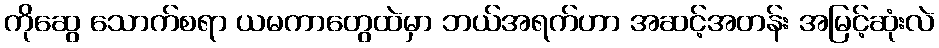
ကိုဆွေ သောက်စရာ ယမကာတွေထဲမှာ ဘယ်အရက်ဟာ အဆင့်အတန်း အမြင့်ဆုံးလဲ